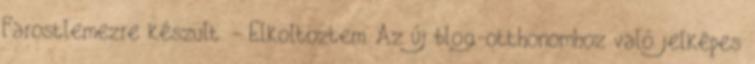
Farostlemezre készült. - Elköltöztem. Az új blog-otthonomhoz való jelképes